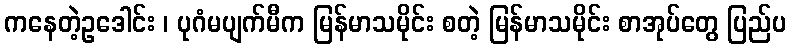
ကနေတဲ့ဥဒေါင်း ၊ ပုဂံမပျက်မီက မြန်မာသမိုင်း စတဲ့ မြန်မာသမိုင်း စာအုပ်တွေ ပြည်ပ